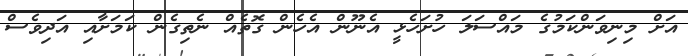
އަށް މިނިވަންކަމުގެ މައްސަލަ ހުށަހެޅީ އެނޫން އެހެން ގޮތެއް ނެތިގެން ކަމަށާއި އަދިވެސް